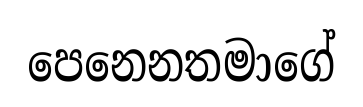
පෙනෙනතමාගේ